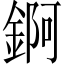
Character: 錒